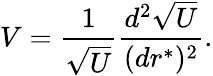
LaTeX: V={\frac{1}{\sqrt{U}}}{\frac{d^{2}\sqrt{U}}{(dr^{*})^{2}}}.